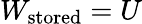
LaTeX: W_{\mathrm{stored}}=U